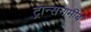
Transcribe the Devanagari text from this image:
ट्रान्सनामीब